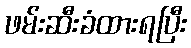
ဖမ်းဆီးခံထားရပြီး